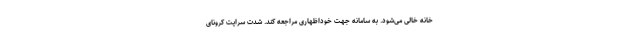
خانه خالی می‌شود. به سامانه جهت خوداظهاری مراجعه کند. شدت سرایت کرونای